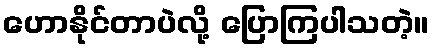
ဟောနိုင်တာပဲလို့ ပြောကြပါသတဲ့။